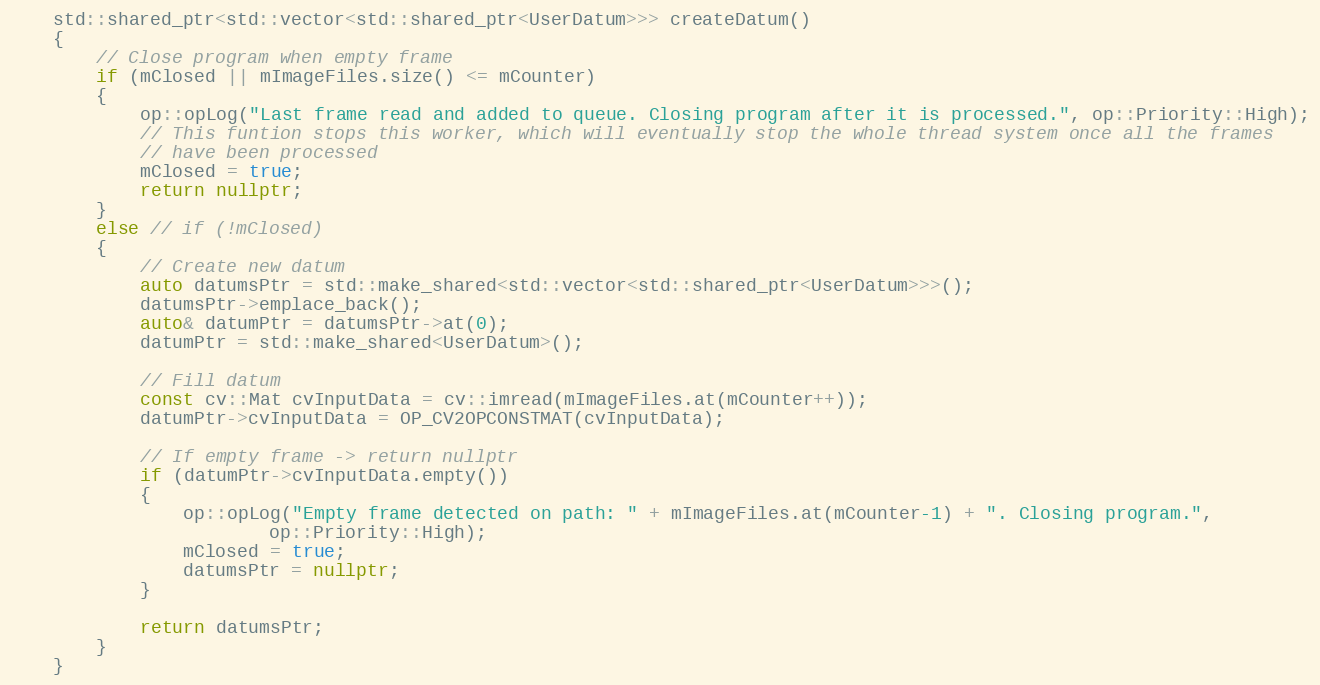
Language: C++
    std::shared_ptr<std::vector<std::shared_ptr<UserDatum>>> createDatum()
    {
        // Close program when empty frame
        if (mClosed || mImageFiles.size() <= mCounter)
        {
            op::opLog("Last frame read and added to queue. Closing program after it is processed.", op::Priority::High);
            // This funtion stops this worker, which will eventually stop the whole thread system once all the frames
            // have been processed
            mClosed = true;
            return nullptr;
        }
        else // if (!mClosed)
        {
            // Create new datum
            auto datumsPtr = std::make_shared<std::vector<std::shared_ptr<UserDatum>>>();
            datumsPtr->emplace_back();
            auto& datumPtr = datumsPtr->at(0);
            datumPtr = std::make_shared<UserDatum>();

            // Fill datum
            const cv::Mat cvInputData = cv::imread(mImageFiles.at(mCounter++));
            datumPtr->cvInputData = OP_CV2OPCONSTMAT(cvInputData);

            // If empty frame -> return nullptr
            if (datumPtr->cvInputData.empty())
            {
                op::opLog("Empty frame detected on path: " + mImageFiles.at(mCounter-1) + ". Closing program.",
                        op::Priority::High);
                mClosed = true;
                datumsPtr = nullptr;
            }

            return datumsPtr;
        }
    }